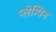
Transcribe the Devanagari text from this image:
प्लेम्पिन